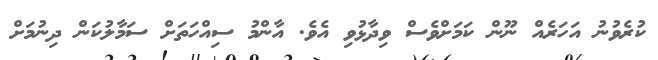
ކުރެވުނު އަހަރެއް ނޫން ކަމަށްވެސް ވިދާޅުވި އެވެ. އާންމު ސިއްހަތަށް ސަމާލުކަން ދިނުމަށް